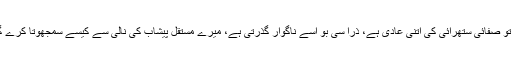
وہ تو صفائی ستھرائی کی اتنی عادی ہے، ذرا سی بو اسے ناگوار گذرتی ہے، میرے مستقل پیشاب کی نالی سے کیسے سمجھوتا کرے گی۔